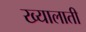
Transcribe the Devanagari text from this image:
ख्यालाती